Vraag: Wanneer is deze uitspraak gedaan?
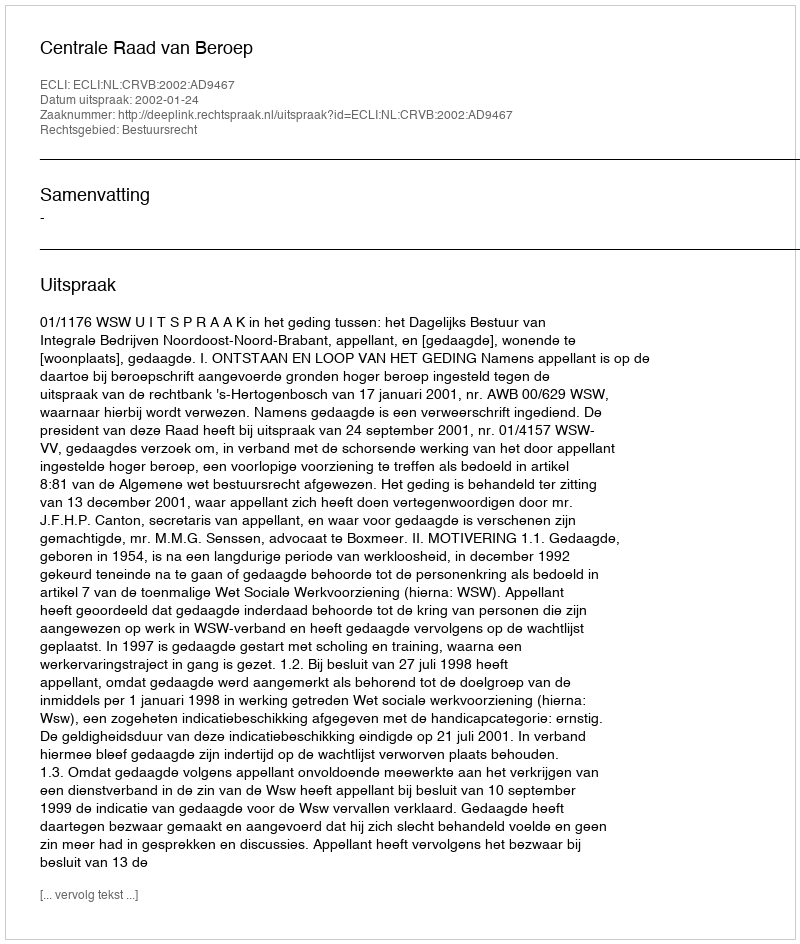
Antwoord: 2002-01-24